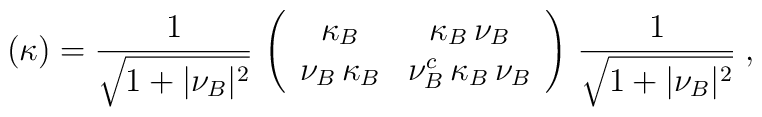
(\kappa)={1\over\sqrt{1+\vert\nu_B\vert^2}}\,\left(\begin{array}{c c}\kappa_B           & \kappa_B\,\nu_B\\\nu_B\,\kappa_B  & \nu_B^c\,\kappa_B\,\nu_B\end{array}\right)\,{1\over\sqrt{1+\vert\nu_B\vert^2}}\;,